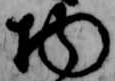
物